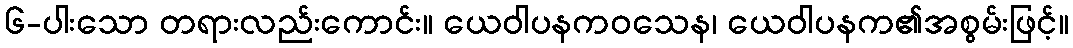
၆-ပါးသော တရားလည်းကောင်း။ ယေဝါပနကဝသေန၊ ယေဝါပနက၏အစွမ်းဖြင့်။